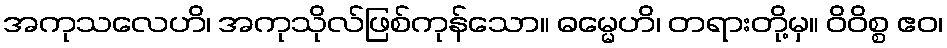
အကုသလေဟိ၊ အကုသိုလ်ဖြစ်ကုန်သော။ ဓမ္မေဟိ၊ တရားတို့မှ။ ဝိဝိစ္စ ဧဝ၊